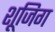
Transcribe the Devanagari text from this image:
शूजिग